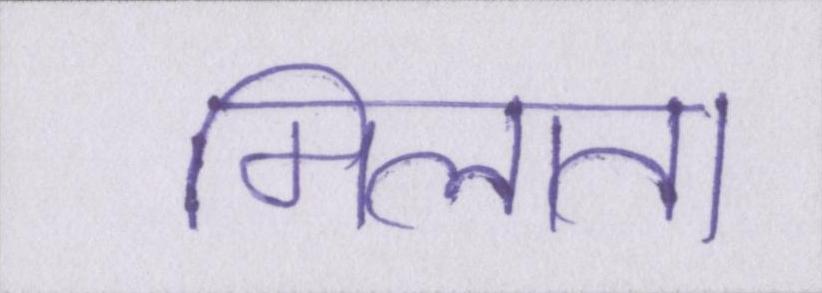
मिलाता